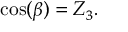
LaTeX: \cos ( \beta ) = Z _ { 3 } .